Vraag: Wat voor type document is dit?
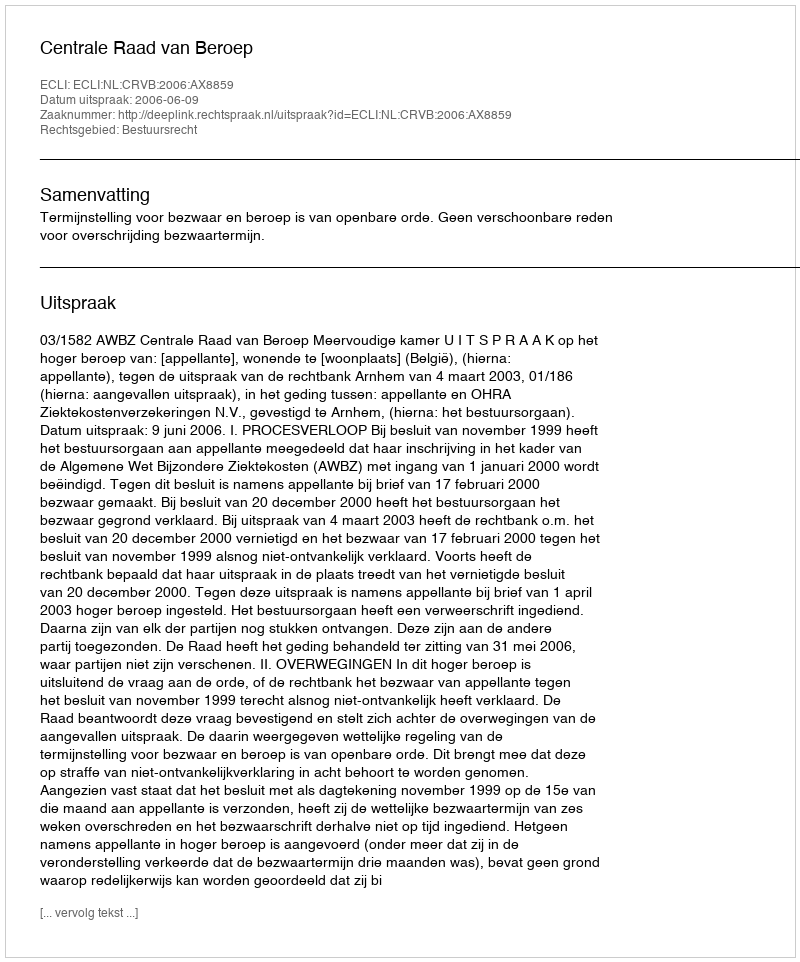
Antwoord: Uitspraak